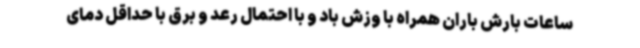
ساعات بارش باران همراه با وزش باد و با احتمال رعد و برق با حداقل دمای